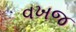
વખજ